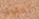
لحقوق